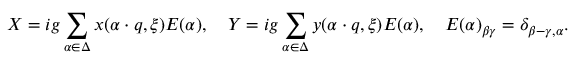
X = i g \sum _ { \alpha \in \Delta } x ( \alpha \cdot q , \xi ) E ( \alpha ) , \quad Y = i g \sum _ { \alpha \in \Delta } y ( \alpha \cdot q , \xi ) E ( \alpha ) , \quad E ( \alpha ) _ { \beta \gamma } = \delta _ { \beta - \gamma , \alpha } .